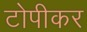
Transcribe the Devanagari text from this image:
टोपीकर